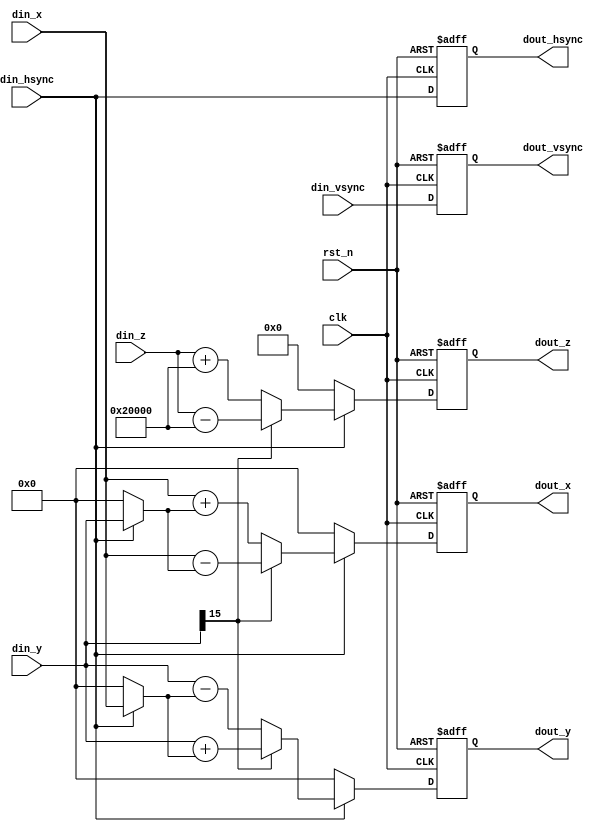
/*
Cordic
n [0, 45)0
 xyzxyz

Cordic
i
x_(i+1) = x_(i) - d_(i)*y_(i)*(2^-i)
y_(i+1) = y_(i) + d_(i)*x_(i)*(2^-i)
z_(i+1) = z_(i) - d_(i)*arctan(2^(-i))  z_(i+1) = z_(i) - d_(i)*arctan(2^(-i))/(2)*(2^20)
d_(i) = -1 (), +1 ()
y0y
 d_(i) = -1 (y_(i)), +1 (y_(i))
*/
module cordic_ir_uint(
	// 
	clk					,	// clock
	rst_n				,	// reset
	
	// Cordic
	din_vsync			,	// 
	din_hsync			,	// 
	din_x				,	// x  
	din_y				,	// y  
	din_z				,	// z  
	
	// Cordic
	dout_vsync			,	// 
	dout_hsync			,	// 
	dout_x				,	// x  
	dout_y				,	// y  
	dout_z					// z  
	);
	
	
	// **********************************************************************************
	// 
	// xymax_x_y2*max_x_y
	//  xy 0
	//  xy  DW-2
	parameter	DW			=	'd16		;	// xy
	
	// Cordic
	parameter	P_IR_ID		=	'd0			;	// present iteration identity
	parameter	T_IR_NUM	=	'd15		;	// total iteration number 15~18
	parameter	DW_NOR		=	'd20		;	// z
	// ******************************************************************************************
	
	
	// **********************************************************************************
	// 
	input							clk					;	// clock
	input							rst_n				;	// reset
	
	// Cordic
	input							din_vsync			;	// 
	input							din_hsync			;	// 
	input		signed	[DW-1:0]	din_x				;	// x  
	input		signed	[DW-1:0]	din_y				;	// y  
	input		signed	[DW_NOR-1:0]din_z				;	// z  
	
	// Cordic
	output							dout_vsync			;	// 
	output							dout_hsync			;	// 
	output	reg	signed	[DW-1:0]	dout_x				;	// x  
	output	reg	signed	[DW-1:0]	dout_y				;	// y  
	output	reg	signed	[DW_NOR-1:0]dout_z				;	// z  
	// *******************************************************************************************
	
	
	// *******************************************************************************
	// arctanlook up table of arctan
	wire	[DW_NOR-1:0]		arctan_lut[0:17]	;	// arctan  
	
	// 10
	wire						dir					;	// 10
	
	// 
	wire	signed	[DW-1:0]	delta_x				;	// xx
	wire	signed	[DW-1:0]	delta_y				;	// yy
	wire	signed	[DW_NOR-1:0]delta_z				;	// zz
	
	//  
	wire	signed	[DW-1:0]	delta_x_temp		;	// x 
	wire	signed	[DW-1:0]	delta_y_temp		;	// y 
	
	// Cordic 
	wire	signed	[DW-1:0]	dout_temp_x			;	// x 
	wire	signed	[DW-1:0]	dout_temp_y			;	// y 
	wire	signed	[DW_NOR-1:0]dout_temp_z			;	// z 
	
	// Cordic  
	reg							din_vsync_r			;	//  1
	reg							din_hsync_r			;	//  1
	// *******************************************************************************************
	
	
	// ---arctan---
	//  z_(i+1) = z_(i) - d_(i)*arctan(2^(-i)) 
	//  i=0~T_IR_NUM-1  arctan(2^(-i)) 
	//  arctan(2^(-i)) /(2) *(2^20) 
	//  z_(i+1) = z_(i) - d_(i)*arctan(2^(-i))/(2)*(2^20) 
	// arctan(2^(-0)) = 45 = /4  = (/4) /(2) *(2^20) = 131072 = 0x2_0000
	assign	arctan_lut[ 0]	=	20'h2_0000	;	// i=0 arctan(2^(-i)) /(2) *(2^20)
	assign	arctan_lut[ 1]	=	20'h1_2E40	;
	assign	arctan_lut[ 2]	=	20'h0_9FB4	;
	assign	arctan_lut[ 3]	=	20'h0_5111	;
	assign	arctan_lut[ 4]	=	20'h0_28B1	;
	assign	arctan_lut[ 5]	=	20'h0_145D	;
	assign	arctan_lut[ 6]	=	20'h0_0A2F	;
	assign	arctan_lut[ 7]	=	20'h0_0518	;
	assign	arctan_lut[ 8]	=	20'h0_028C	;
	assign	arctan_lut[ 9]	=	20'h0_0146	;
	assign	arctan_lut[10]	=	20'h0_00A3	;	// i=10 arctan(2^(-i)) /(2) *(2^20)
	assign	arctan_lut[11]	=	20'h0_0051	;
	assign	arctan_lut[12]	=	20'h0_0029	;
	assign	arctan_lut[13]	=	20'h0_0014	;
	assign	arctan_lut[14]	=	20'h0_000A	;
	assign	arctan_lut[15]	=	20'h0_0005	;
	assign	arctan_lut[16]	=	20'h0_0003	;
	assign	arctan_lut[17]	=	20'h0_0001	;
	// 20180
	// ------
	
	
	// 10
	// y0y
	// yy0d=-1dir=0
	//       yy1d=+1dir=1
	assign	dir	=	din_y[DW-1];
	
	
	// ---zz---
	// i
	// d_(i) = -1 (y_(i)), +1 (y_(i))
	// z_(i+1) = z_(i) - d_(i)*arctan(2^(-i))/(2)*(2^20)
	//  z = delta_z = arctan(2^(-i))/(2)*(2^20)
	// dout_z = din_z - d_(i)*delta_z
	assign	delta_z	=	arctan_lut[P_IR_ID]	;
	// ------
	
	
	// ---xyxy---
	generate
		
		if(P_IR_ID == 'd0) // 0
		begin: shift_none // 2^0=1
			// d_(0) = -1 (y), +1 (y)
			// 0
			// x_(1) = x_(0) - d_(0)*y_(0)*(2^-0) = x_(0) - d_(0)*y_(0)
			// y_(1) = y_(0) + d_(0)*x_(0)*(2^-0) = y_(0) + d_(0)*x_(0)
			//  x = delta_x = y_(0) = din_y
			//        y = delta_y = x_(0) = din_x
			// dout_x = din_x - d_(0)*delta_x
			//     dout_y = din_y + d_(0)*delta_y
			assign	delta_x	=	din_hsync ? din_y : 1'b0;
			assign	delta_y	=	din_hsync ? din_x : 1'b0;
		end
		
		else // 0
		begin: shift_right // i>0i2^(-i)i
			// d_(i) = -1 (y_(i)), +1 (y_(i))
			// i
			// x_(i+1) = x_(i) - d_(i)*y_(i)*(2^-i)
			// y_(i+1) = y_(i) + d_(i)*x_(i)*(2^-i)
			//  x = delta_x = y_(i)*(2^-i) = din_y >> i
			//        y = delta_y = x_(i)*(2^-i) = din_x >> i
			// dout_x = din_x - d_(i)*delta_x
			//     dout_y = din_y + d_(i)*delta_y
			
			// i
			assign	delta_x_temp	=	din_hsync ? din_y : 1'b0;
			assign	delta_y_temp	=	din_hsync ? din_x : 1'b0;
			// i
			assign	delta_x	=	delta_x_temp[DW-1] ? 
								{{P_IR_ID{1'b1}}, delta_x_temp[DW-1:P_IR_ID]} : 
								{{P_IR_ID{1'b0}}, delta_x_temp[DW-1:P_IR_ID]}; 
								// 1100
			assign	delta_y	=	delta_y_temp[DW-1] ? 
								{{P_IR_ID{1'b1}}, delta_y_temp[DW-1:P_IR_ID]} : 
								{{P_IR_ID{1'b0}}, delta_y_temp[DW-1:P_IR_ID]}; 
								// 1100
		end
		
	endgenerate
	// ------
	
	
	// ---Cordic ---
	//  dout_x = din_x - d_(i)*delta_x
	//      dout_y = din_y + d_(i)*delta_y
	//      dout_z = din_z - d_(i)*delta_z
	//  d_(i) = -1 (y_(i))  dir=0
	//    d_(i) = +1 (y_(i))  dir=1
	assign	dout_temp_x	=	~dir ? (din_x+delta_x) : (din_x-delta_x);
	assign	dout_temp_y	=	 dir ? (din_y+delta_y) : (din_y-delta_y);
	assign	dout_temp_z	=	~dir ? (din_z+delta_z) : (din_z-delta_z);
	// ------
	
	
	// ---Cordic---
	// Cordicxy
	always @(posedge clk, negedge rst_n)
	begin
		if(!rst_n)
		begin
			dout_x <= 1'b0;
			dout_y <= 1'b0;
			dout_z <= 1'b0;
		end
		else if(din_hsync)
		begin
			dout_x <= dout_temp_x;
			dout_y <= dout_temp_y;
			dout_z <= dout_temp_z;
		end
		else
		begin
			dout_x <= 1'b0;
			dout_y <= 1'b0;
			dout_z <= 1'b0;
		end
	end
	
	// Cordic 1
	//  Cordicxy   1
	//     1
	always @(posedge clk, negedge rst_n)
	begin
		if(!rst_n)
		begin
			din_hsync_r <= 1'b0;
			din_vsync_r <= 1'b0;
		end
		else
		begin
			din_hsync_r <= din_hsync;
			din_vsync_r <= din_vsync;
		end
	end
	
	// Cordic 1
	assign	dout_hsync	=	din_hsync_r;
	assign	dout_vsync	=	din_vsync_r;
	// ------
	
	
endmodule